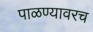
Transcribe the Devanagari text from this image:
पाळण्यावरच